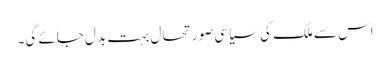
اس سے ملک کی سیاسی صورتحال بہت بدل جائے گی۔